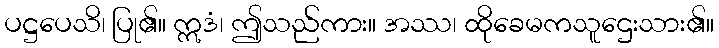
ပဋ္ဌပေသိ၊ ပြု၏။ ဣဒံ၊ ဤသည်ကား။ အဿ၊ ထိုခေမကသူဌေးသား၏။